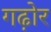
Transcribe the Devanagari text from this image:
गढ़ोर